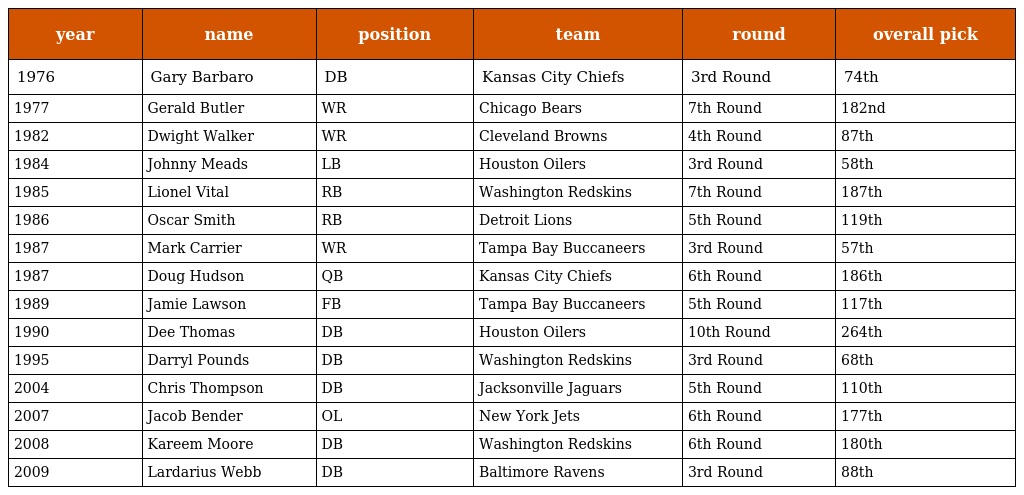
| year | name | position | team | round | overall pick |
 | --- | --- | --- | --- | --- | --- |
 | 1976 | Gary Barbaro | DB | Kansas City Chiefs | 3rd Round | 74th |
 | 1977 | Gerald Butler | WR | Chicago Bears | 7th Round | 182nd |
 | 1982 | Dwight Walker | WR | Cleveland Browns | 4th Round | 87th |
 | 1984 | Johnny Meads | LB | Houston Oilers | 3rd Round | 58th |
 | 1985 | Lionel Vital | RB | Washington Redskins | 7th Round | 187th |
 | 1986 | Oscar Smith | RB | Detroit Lions | 5th Round | 119th |
 | 1987 | Mark Carrier | WR | Tampa Bay Buccaneers | 3rd Round | 57th |
 | 1987 | Doug Hudson | QB | Kansas City Chiefs | 6th Round | 186th |
 | 1989 | Jamie Lawson | FB | Tampa Bay Buccaneers | 5th Round | 117th |
 | 1990 | Dee Thomas | DB | Houston Oilers | 10th Round | 264th |
 | 1995 | Darryl Pounds | DB | Washington Redskins | 3rd Round | 68th |
 | 2004 | Chris Thompson | DB | Jacksonville Jaguars | 5th Round | 110th |
 | 2007 | Jacob Bender | OL | New York Jets | 6th Round | 177th |
 | 2008 | Kareem Moore | DB | Washington Redskins | 6th Round | 180th |
 | 2009 | Lardarius Webb | DB | Baltimore Ravens | 3rd Round | 88th |